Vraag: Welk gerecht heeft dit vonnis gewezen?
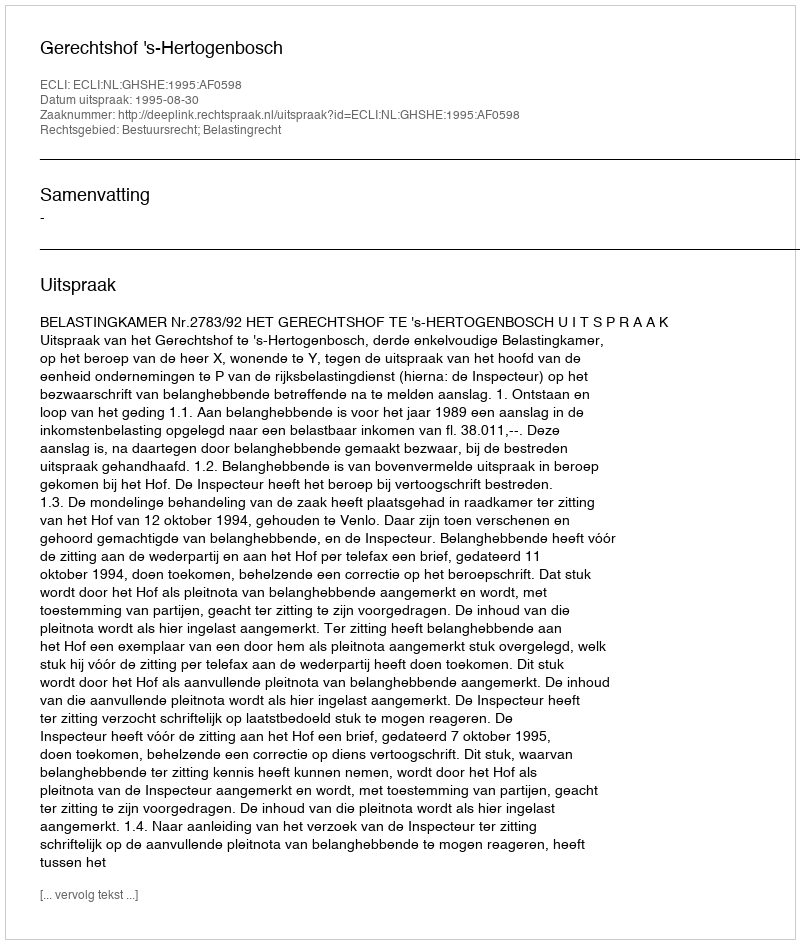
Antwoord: Gerechtshof 's-Hertogenbosch